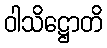
ဝါသိဋ္ဌောတိ